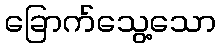
ခြောက်သွေ့သော